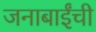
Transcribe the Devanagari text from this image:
जनाबाईंची